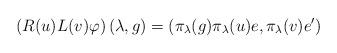
LaTeX: \begin{align*}\displaystyle \left(R(u)L(v)\varphi\right)(\lambda,g)=\left(\pi_\lambda(g)\pi_\lambda(u)e,\pi_\lambda(v)e'\right)\end{align*}